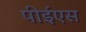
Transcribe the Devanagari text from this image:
पीईएस